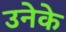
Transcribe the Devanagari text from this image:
उनेके